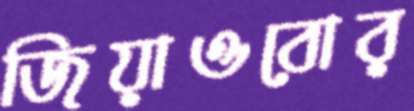
জিয়াওবোর